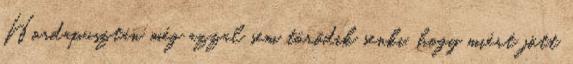
Hordapusztán még azzal sem törődik senki, hogy miért jött